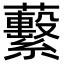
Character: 蘻